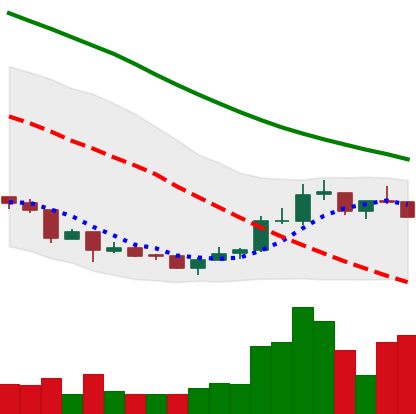
Ticker: NEO-USD
Chart end date: 2018-07-09
Forward return: -11.315%
Label: down_7plus